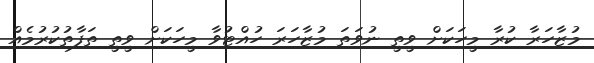
މުޒާހަރާ ކުރާ މީހަކަށް ވީތީ ނުވަތަ މުޒާހަރަ ހުއްޓުވާ މީހަކަށް ވީތީ ތަފާތުކުރުމެއް